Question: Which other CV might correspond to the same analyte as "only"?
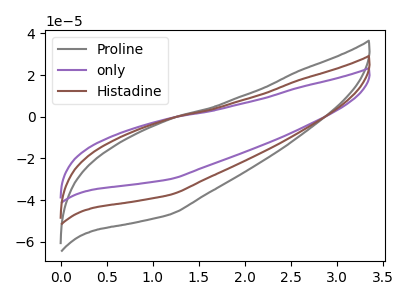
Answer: <think>The gray curve "Proline" has no peaks. The purple curve "only" has no peaks. The brown curve "Histadine" has no peaks.
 Neither "Proline" or "only" have any peaks. Neither "Proline" or "Histadine" have any peaks. Neither "only" or "Histadine" have any peaks.</think>
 <answer>"only" and "Histadine" have a similar shape to "Proline".</answer>
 <eval>"only" "Histadine"</eval>